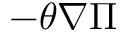
- \theta \nabla \Pi